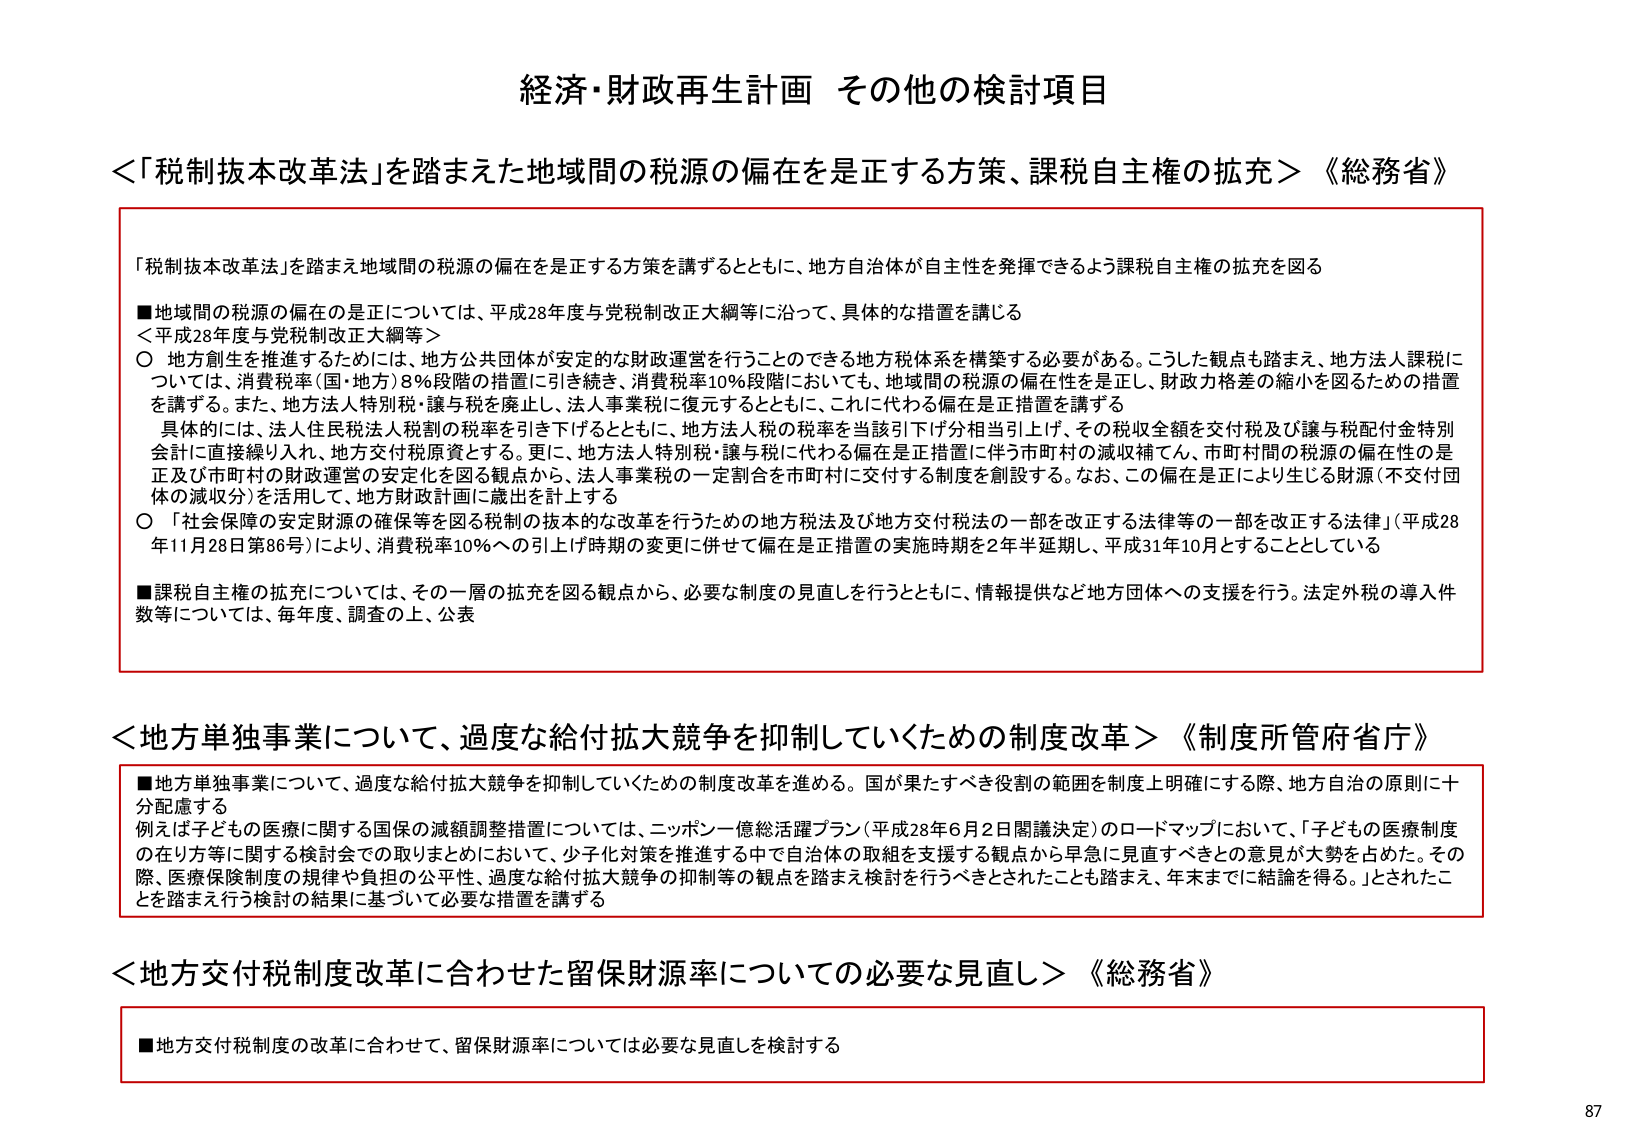
経済・財政再生計画 その他の検討項目

＜「税制抜本改革法」を踏まえた地域間の税源の偏在を是正する方策、課税自主権の拡充＞《総務省》

「税制抜本改革法」を踏まえ地域間の税源の偏在を是正する方策を講ずるとともに、地方自治体が自主性を発揮できるよう課税自主権の拡充を図る

■地域間の税源の偏在の是正については、平成28年度与党税制改正大綱等に沿って、具体的な措置を講じる
＜平成28年度与党税制改正大綱等＞
○ 地方創生を推進するためには、地方公共団体が安定的な財政運営を行うことのできる地方税体系を構築する必要がある。こうした観点も踏まえ、地方法人課税については、消費税率（国・地方）8％段階の措置に引き続き、消費税率10％段階においても、地域間の税源の偏在性を是正し、財政力格差の縮小を図るための措置を講ずる。また、地方法人特別税・譲与税を廃止し、法人事業税に復元するとともに、これに代わる偏在是正措置を講ずる
　具体的には、法人住民税法人税割の税率を引き下げるとともに、地方法人税の税率を当該引下げ分相当引上げ、その税収全額を交付税及び譲与税配分特別会計に直接繰り入れ、地方交付税原資とする。更に、地方法人特別税・譲与税に代わる偏在是正措置に伴う市町村の減収補てん、市町村間の税源の偏在性の是正及び市町村の財政運営の安定化を図る観点から、法人事業税の一定割合を市町村に交付する制度を創設する。なお、この偏在是正により生じる財源（不交付団体の減収分）を活用して、地方財政計画に歳出を計上する
○ 「社会保障の安定財源の確保等を図る税制の抜本的な改革を行うための地方税法及び地方交付税法の一部を改正する法律等の一部を改正する法律」（平成28年11月28日第86号）により、消費税率10％への引上げ時期の変更に併せて偏在是正措置の実施時期を2年半延期し、平成31年10月とすることとしている

■課税自主権の拡充については、その一層の拡充を図る観点から、必要な制度の見直しを行うとともに、情報提供など地方団体への支援を行う。法定外税の導入件数等については、毎年度、調査の上、公表

＜地方単独事業について、過度な給付拡大競争を抑制していくための制度改革＞《制度所管府省庁》

■地方単独事業について、過度な給付拡大競争を抑制していくための制度改革を進める。国が果たすべき役割の範囲を制度上明確にする際、地方自治の原則に十分配慮する
　例えば子どもの医療に関する国保の減額調整措置については、ニッポン一億総活躍プラン（平成28年6月2日閣議決定）のロードマップにおいて、「子どもの医療制度の在り方等に関する検討会での取りまとめにおいて、少子化対策を推進する中で自治体の取組を支援する観点から早急に見直すべきとの意見が大勢を占めた。その際、医療保険制度の規律や負担の公平性、過度な給付拡大競争の抑制等の観点を踏まえ検討を行うべきとされたことも踏まえ、年末までに結論を得る。」とされたことを踏まえ行う検討の結果に基づいて必要な措置を講ずる

＜地方交付税制度に合わせた留保財源率についての必要な見直し＞《総務省》

■地方交付税制度の改革に合わせて、留保財源率については必要な見直しを検討する

87